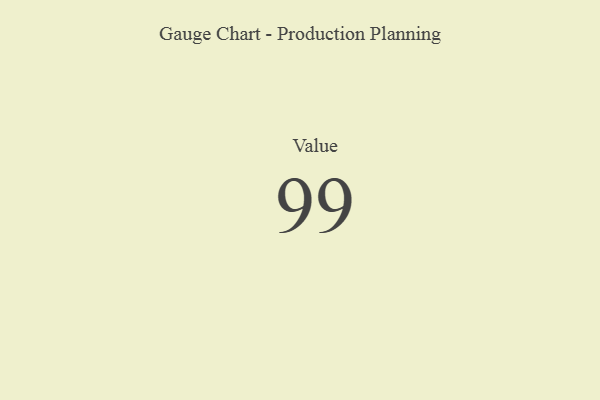
{"axis": {"x": "Metric", "y": "Value"}, "legend": [""], "data": [{"x": "Value", "y": 99, "type": ""}]}